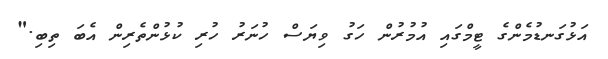
އަޅުގަނޑުމެންގެ ޓީމްގައި އުމުރުން ހަގު ވިޔަސް ހުނަރު ހުރި ކުޅުންތެރިން އެބަ ތިބި."